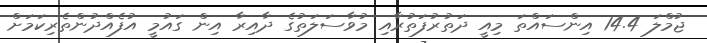
ޖުމްލަ 14.4 އިންސައްތަ މިއީ ދަތުރުފަތުރާއި މުވާސަލަތުގެ ދާއިރާ އިން ގައުމީ އުފެއްދުންތެރިކަމަށް